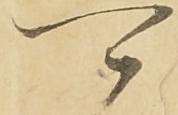
可